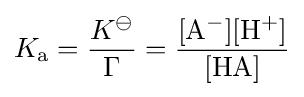
K_{\text{a}}={\frac {K^{\ominus }}{\Gamma }}=\mathrm {\frac {[A^{-}][H^{+}]}{[HA]}}